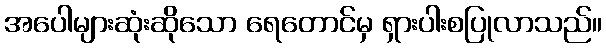
အပေါများဆုံးဆိုသော ရေတောင်မှ ရှားပါးစပြုလာသည်။